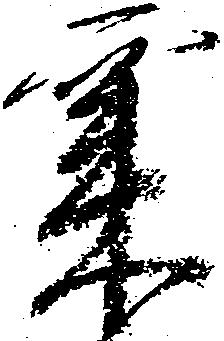
粟